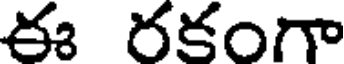
ఈ రకంగా